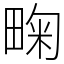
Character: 㽤